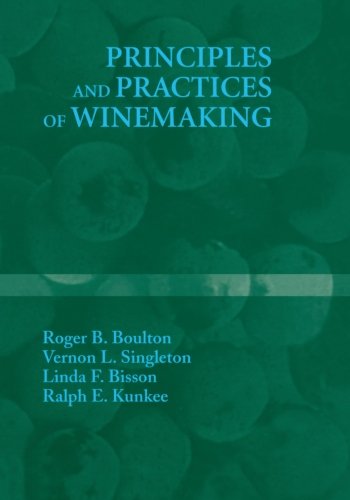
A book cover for Principles and Practices of Winemaking; Roger B. Boulton; Engineering & Transportation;